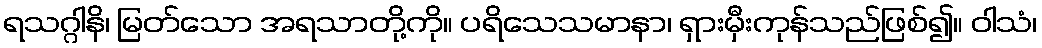
ရသဂ္ဂါနိ၊ မြတ်သော အရသာတို့ကို။ ပရိသေသမာနာ၊ ရှားမှီးကုန်သည်ဖြစ်၍။ ဝါသံ၊